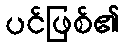
ပင်ဖြစ်၏